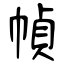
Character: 幀